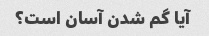
آیا گم شدن آسان است؟